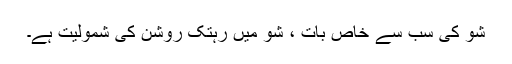
شو کی سب سے خاص بات ، شو میں رہتک روشن کی شمولیت ہے۔